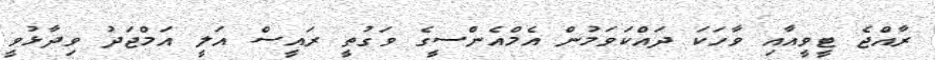
ރާއްޖެ ޓީވީއާއި ވާހަކަ ދައްކަވަމުން އެމްއެންސީގެ ވަގުތީ ރައީސް އަލީ އަމްޖަދު ވިދާޅުވީ